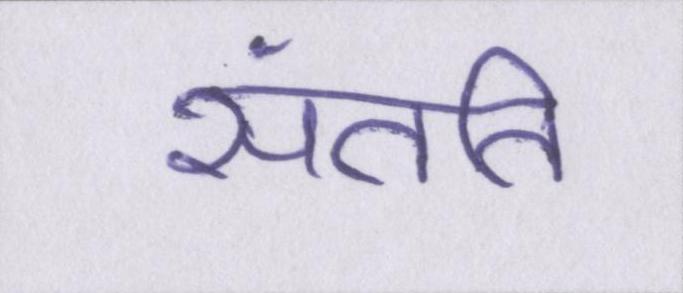
संतति